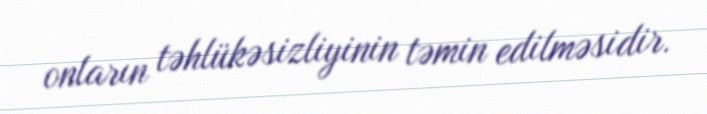
onların təhlükəsizliyinin təmin edilməsidir.